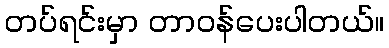
တပ်ရင်းမှာ တာဝန်ပေးပါတယ်။